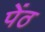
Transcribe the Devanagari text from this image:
पेंठ